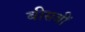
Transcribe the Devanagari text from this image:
बीसबीं